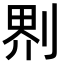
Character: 𠝹